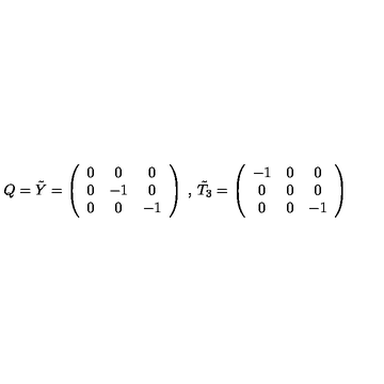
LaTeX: Q = \tilde { Y } = \left( \begin{array} { c c c } { 0 } & { 0 } & { 0 } \\ { 0 } & { - 1 } & { 0 } \\ { 0 } & { 0 } & { - 1 } \\ \end{array} \right) \: , \: \tilde { T } _ { 3 } = \left( \begin{array} { c c c } { - 1 } & { 0 } & { 0 } \\ { 0 } & { 0 } & { 0 } \\ { 0 } & { 0 } & { - 1 } \\ \end{array} \right)